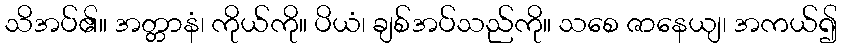
သိအပ်၏။ အတ္တာနံ၊ ကိုယ်ကို။ ပိယံ၊ ချစ်အပ်သည်ကို။ သစေ ဇာနေယျ၊ အကယ်၍